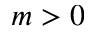
m > 0